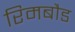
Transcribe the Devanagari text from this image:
रिमबौड